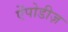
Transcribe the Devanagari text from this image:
ऐंपोडीज़